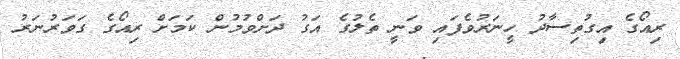
ރިއޯގެ އިގުތިސާދު ހީނަރުވެފައި ވަނީ ތެލުގެ އަގު ދަށްވުމުން ކަމަށް ރިއޯގެ ގަވަރުނަރު